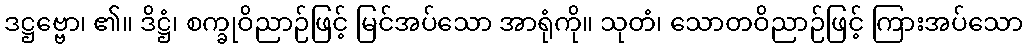
ဒဋ္ဌဗ္ဗော၊ ၏။ ဒိဋ္ဌံ၊ စက္ခုဝိညာဉ်ဖြင့် မြင်အပ်သော အာရုံကို။ သုတံ၊ သောတဝိညာဉ်ဖြင့် ကြားအပ်သော